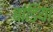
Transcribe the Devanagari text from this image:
बांडिया